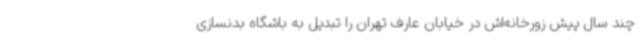
چند سال پیش زورخانه‌اش در خیابان عارف تهران را تبدیل به باشگاه بدنسازی